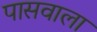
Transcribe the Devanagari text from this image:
पासवाला